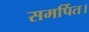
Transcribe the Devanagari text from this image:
समर्पित।